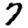
Digit: 7